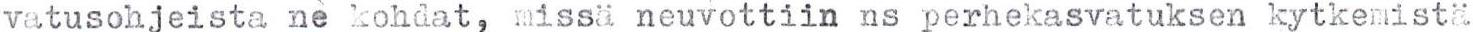
vatusohjeista ne kohdat, missä neuvottiin ns perhekasvatuksen kytkemistä